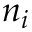
n _ { i }